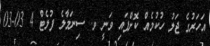
އަހަރުގެ ޖަލު ހުކުމެއް ކޮށްފައި ވަނީ ވ. ސިނަމާލެ ފުލެޓް 4 03-03